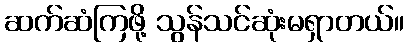
ဆက်ဆံကြဖို့ သွန်သင်ဆုံးမရှာတယ်။